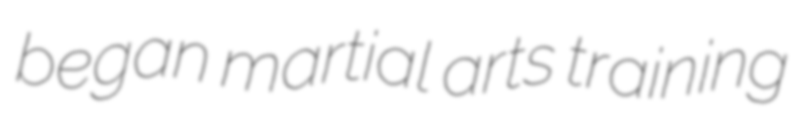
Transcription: began martial arts training